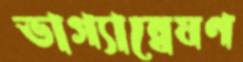
ভাগ্যান্বেষণ